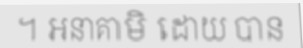
។ អនាគាមិ ដោយ បាន